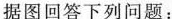
据图回答下列问题：